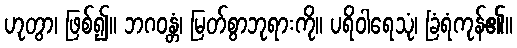
ဟုတွာ၊ ဖြစ်၍။ ဘဂဝန္တံ၊ မြတ်စွာဘုရားကို။ ပရိဝါရေသုံ၊ ခြံရံကုန်၏။